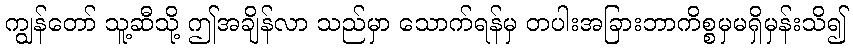
ကျွန်တော် သူ့ဆီသို့ ဤအချိန်လာ သည်မှာ သောက်ရန်မှ တပါးအခြားဘာကိစ္စမှမရှိမှန်းသိ၍